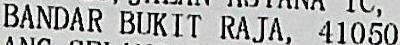
BANDAR BUKIT RAJA, 41050